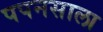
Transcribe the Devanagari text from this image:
पपनसाला